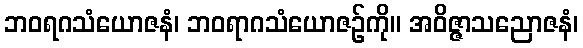
ဘဝရဂသံယောဇနံ၊ ဘဝရာဂသံယောဇဉ်ကို။ အဝိဇ္ဇာသညောဇနံ၊